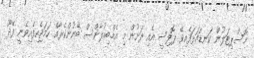
ހޮސްޕިޓަލުން ކަނޑައަޅަފެއިވޭ ޕޮލިސީ އެއި ދަށުން މި އެމްބިއުލާންސް ބޭނުންކެރާއް ހަމަޖެހިފެއިވެނީ ފޭދޫ